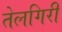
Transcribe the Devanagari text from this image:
तेलगिरी